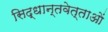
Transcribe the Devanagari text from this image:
सिद्धान्तवेत्ताओं